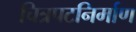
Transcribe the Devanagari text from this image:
चित्रपटनिर्माण